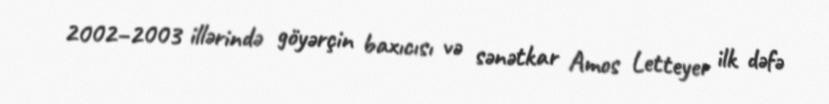
2002–2003 illərində göyərçin baxıcısı və sənətkar Amos Letteyer ilk dəfə